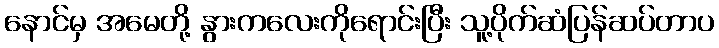
နောင်မှ အမေတို့ နွားကလေးကိုရောင်းပြီး သူ့ပိုက်ဆံပြန်ဆပ်တာပ